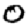
Digit: 0